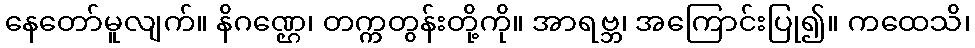
နေတော်မူလျက်။ နိဂဏ္ဌေ၊ တက္ကတွန်းတို့ကို။ အာရဗ္ဘ၊ အကြောင်းပြု၍။ ကထေသိ၊